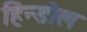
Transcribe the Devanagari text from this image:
हिन्डोल